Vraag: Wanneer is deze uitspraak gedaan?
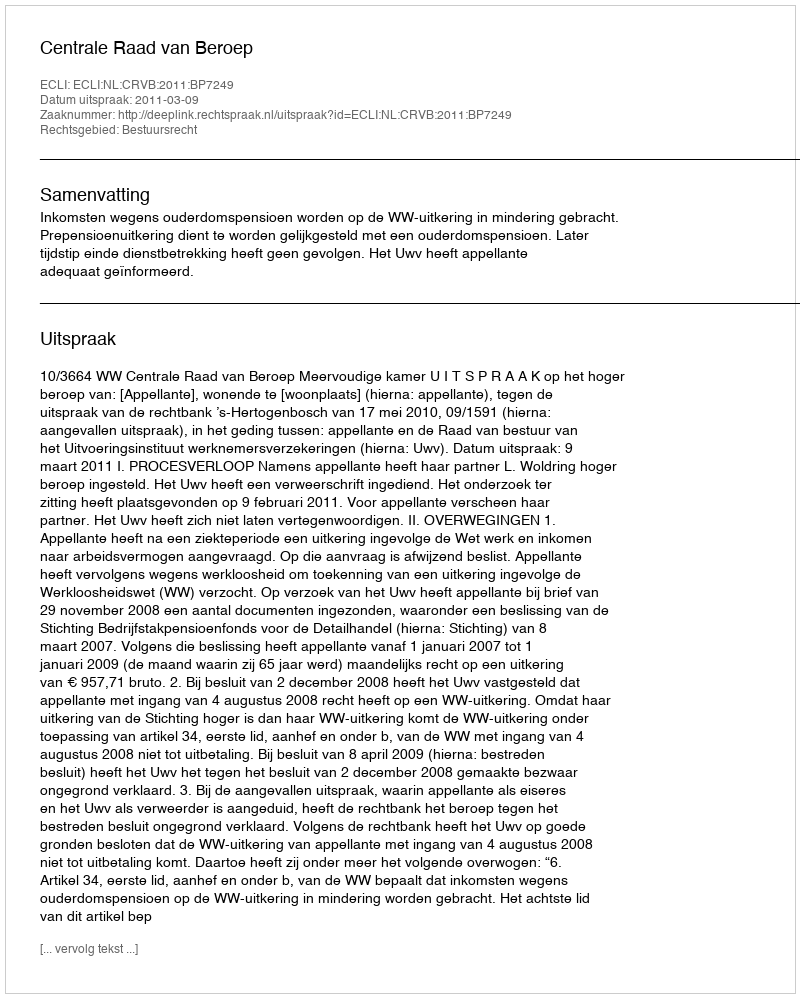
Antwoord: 2011-03-09